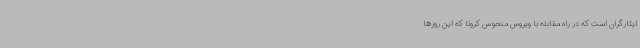
ایثارگران است که در راه مقابله با ویروس منحوس کرونا که این روزها